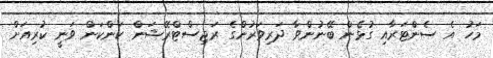
މަހު އެ ސެންޓަރާއި ގުޅެން ބޭނުންވާ ދަރިވަރުންގެ ރަޖިސްޓްރޭޝަން ކަންކަން ވަނީ ކުރިއަށް